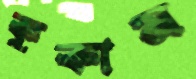
কুকাম